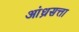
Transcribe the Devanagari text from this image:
आंध्रसत्ता